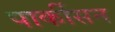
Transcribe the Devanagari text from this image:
पार्कीसन